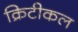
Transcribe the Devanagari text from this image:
क्रिटीकल